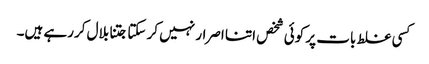
کسی غلط بات پر کوئی شخص اتنا اصرار نہیں کر سکتا جتنا بلال کررہے ہیں۔